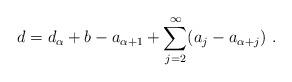
LaTeX: \begin{align*}d = d_\alpha + b - a_{\alpha + 1} + \sum_{j=2}^\infty (a_j - a_{\alpha+j}) \ .\end{align*}